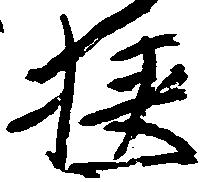
狭